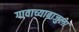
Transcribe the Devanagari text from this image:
गावाच्याबाजुला